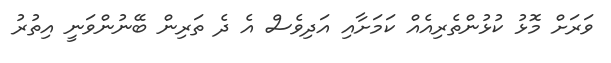
ވަރަށް މޮޅު ކުޅުންތެރިއެއް ކަމަށާއި އަދިވެސް އެ ދެ ތަރިން ބޭނުންވަނީ އިތުރު